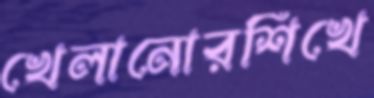
খেলানোরশিখে